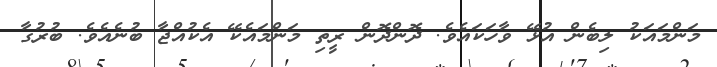
މަންމައަކު ލިބެން އުޅޭ ވާހަކައެވެ. ދޮންދޮން ރީތި މަންމައެކޭ އެކުއްޖާ ބުނެއެވެ. ބުރުގާ